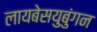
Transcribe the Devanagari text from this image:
लायबेसयुबुंगन